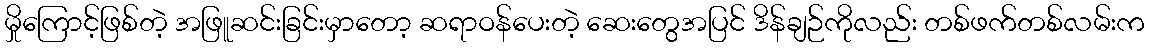
မှိုကြောင့်ဖြစ်တဲ့ အဖြူဆင်းခြင်းမှာတော့ ဆရာဝန်ပေးတဲ့ ဆေးတွေအပြင် ဒိန်ချဉ်ကိုလည်း တစ်ဖက်တစ်လမ်းက